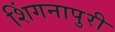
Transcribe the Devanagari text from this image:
शिंगनापुरी